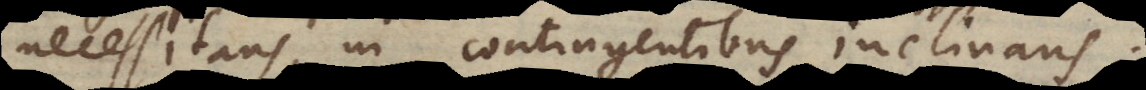
necessitans, in contingentibus inclinans.